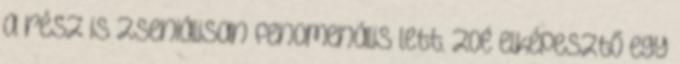
a rész is zseniálisan fenomenális lett. Zoé elképesztő egy